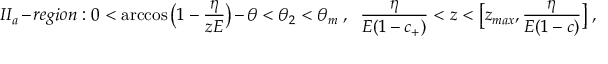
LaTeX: I I _ { a } - r e g i o n : 0 < \operatorname { a r c c o s } { \bigl ( 1 - \frac { \eta } { z E } \bigr ) } - \theta < \theta _ { 2 } < \theta _ { m } \ , \ \ \frac { \eta } { E ( 1 - c _ { + } ) } < z < \bigl [ z _ { m a x } , \frac { \eta } { E ( 1 - c ) } \bigr ] \ ,